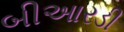
બીઆરડી